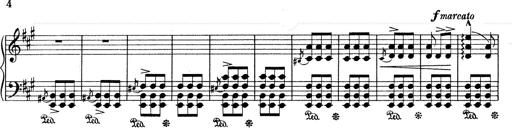
Title: Mephisto Waltz No.1
Composer: Franz Liszt